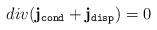
LaTeX: \begin{align*}div({\bf j}_{\tt cond}+{\bf j}_{\tt disp})=0\end{align*}